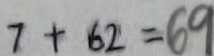
7 + 6 2 = 6 9